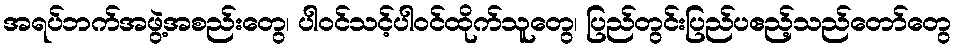
အရပ်ဘက်အဖွဲ့အစည်းတွေ၊ ပါဝင်သင့်ပါဝင်ထိုက်သူတွေ၊ ပြည်တွင်းပြည်ပဧည့်သည်တော်တွေ